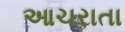
આચરાતા